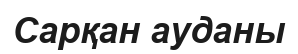
Сарқан ауданы